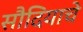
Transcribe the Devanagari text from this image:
सौदियाचे